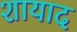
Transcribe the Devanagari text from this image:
शायाद